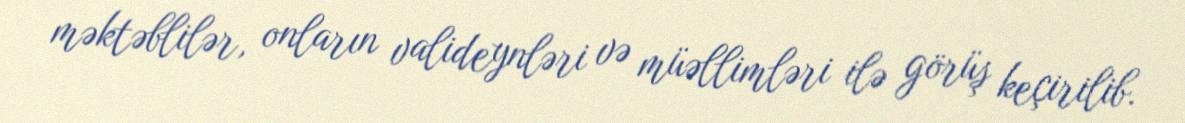
məktəblilər, onların valideynləri və müəllimləri ilə görüş keçirilib.